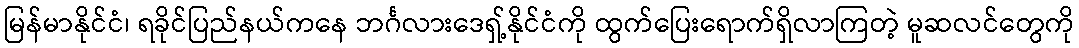
မြန်မာနိုင်ငံ၊ ရခိုင်ပြည်နယ်ကနေ ဘင်္ဂလားဒေရှ့်နိုင်ငံကို ထွက်ပြေးရောက်ရှိလာကြတဲ့ မူဆလင်တွေကို